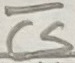
Text: CS